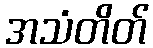
အသံတိတ်